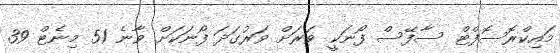
މައިކްރޮސޮފްޓް ސާފޭސް ފޯނަކީ ވަރަށް ވަރުގަދަ ފޯނަކަށް ވާނެ 51 މިނެޓް 39